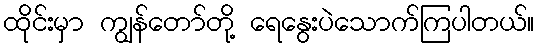
ထိုင်းမှာ ကျွန်တော်တို့ ရေနွေးပဲသောက်ကြပါတယ်။